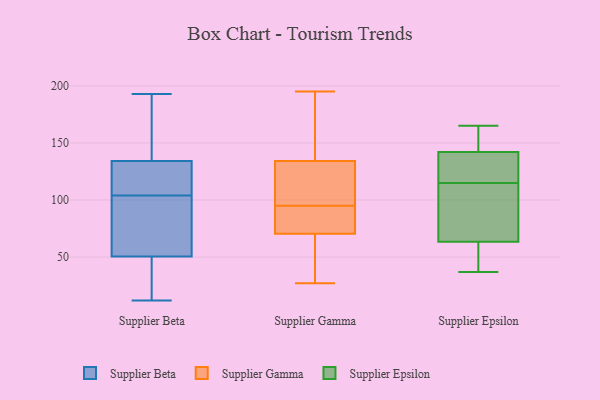
{"axis": {"x": "Production Output", "y": "Value"}, "legend": ["Supplier Beta", "Supplier Epsilon", "Supplier Gamma"], "data": [{"x": "", "y": 135, "type": "Supplier Beta"}, {"x": "", "y": 193, "type": "Supplier Beta"}, {"x": "", "y": 132, "type": "Supplier Beta"}, {"x": "", "y": 79, "type": "Supplier Beta"}, {"x": "", "y": 12, "type": "Supplier Beta"}, {"x": "", "y": 104, "type": "Supplier Beta"}, {"x": "", "y": 132, "type": "Supplier Beta"}, {"x": "", "y": 61, "type": "Supplier Beta"}, {"x": "", "y": 30, "type": "Supplier Beta"}, {"x": "", "y": 142, "type": "Supplier Beta"}, {"x": "", "y": 153, "type": "Supplier Beta"}, {"x": "", "y": 18, "type": "Supplier Beta"}, {"x": "", "y": 72, "type": "Supplier Beta"}, {"x": "", "y": 47, "type": "Supplier Beta"}, {"x": "", "y": 130, "type": "Supplier Beta"}, {"x": "", "y": 126, "type": "Supplier Gamma"}, {"x": "", "y": 132, "type": "Supplier Gamma"}, {"x": "", "y": 116, "type": "Supplier Gamma"}, {"x": "", "y": 49, "type": "Supplier Gamma"}, {"x": "", "y": 167, "type": "Supplier Gamma"}, {"x": "", "y": 95, "type": "Supplier Gamma"}, {"x": "", "y": 39, "type": "Supplier Gamma"}, {"x": "", "y": 96, "type": "Supplier Gamma"}, {"x": "", "y": 67, "type": "Supplier Gamma"}, {"x": "", "y": 27, "type": "Supplier Gamma"}, {"x": "", "y": 186, "type": "Supplier Gamma"}, {"x": "", "y": 195, "type": "Supplier Gamma"}, {"x": "", "y": 135, "type": "Supplier Gamma"}, {"x": "", "y": 87, "type": "Supplier Gamma"}, {"x": "", "y": 90, "type": "Supplier Gamma"}, {"x": "", "y": 93, "type": "Supplier Gamma"}, {"x": "", "y": 174, "type": "Supplier Gamma"}, {"x": "", "y": 81, "type": "Supplier Gamma"}, {"x": "", "y": 38, "type": "Supplier Gamma"}, {"x": "", "y": 144, "type": "Supplier Epsilon"}, {"x": "", "y": 103, "type": "Supplier Epsilon"}, {"x": "", "y": 80, "type": "Supplier Epsilon"}, {"x": "", "y": 102, "type": "Supplier Epsilon"}, {"x": "", "y": 41, "type": "Supplier Epsilon"}, {"x": "", "y": 47, "type": "Supplier Epsilon"}, {"x": "", "y": 127, "type": "Supplier Epsilon"}, {"x": "", "y": 37, "type": "Supplier Epsilon"}, {"x": "", "y": 144, "type": "Supplier Epsilon"}, {"x": "", "y": 140, "type": "Supplier Epsilon"}, {"x": "", "y": 165, "type": "Supplier Epsilon"}, {"x": "", "y": 140, "type": "Supplier Epsilon"}]}